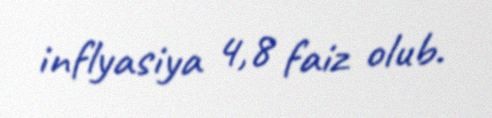
inflyasiya 4,8 faiz olub.